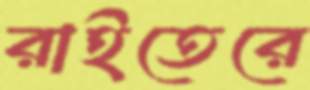
রাইতেরে